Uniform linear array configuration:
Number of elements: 8
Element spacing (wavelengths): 0.75
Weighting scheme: cosine
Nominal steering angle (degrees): -15
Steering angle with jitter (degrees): -15.991
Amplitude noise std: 0.05
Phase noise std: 0.05

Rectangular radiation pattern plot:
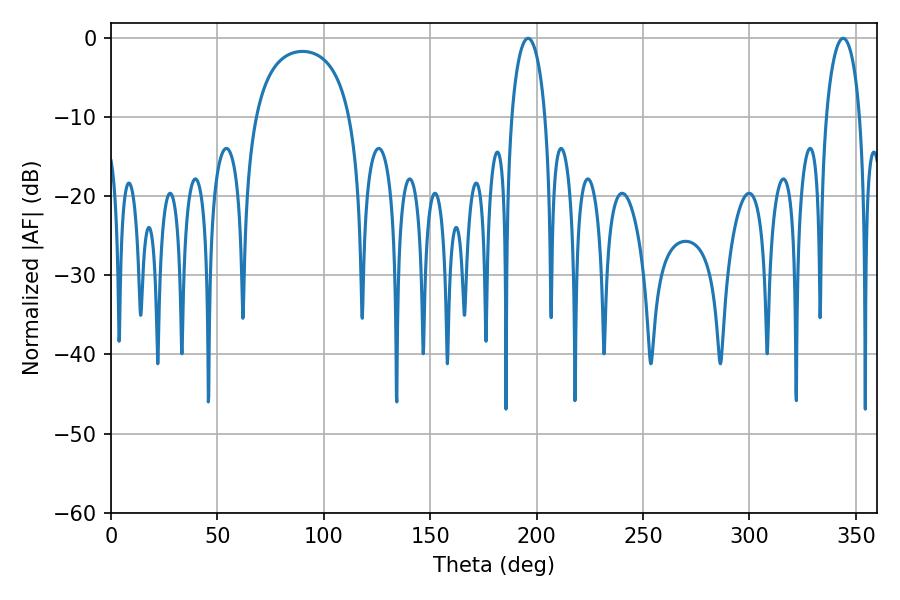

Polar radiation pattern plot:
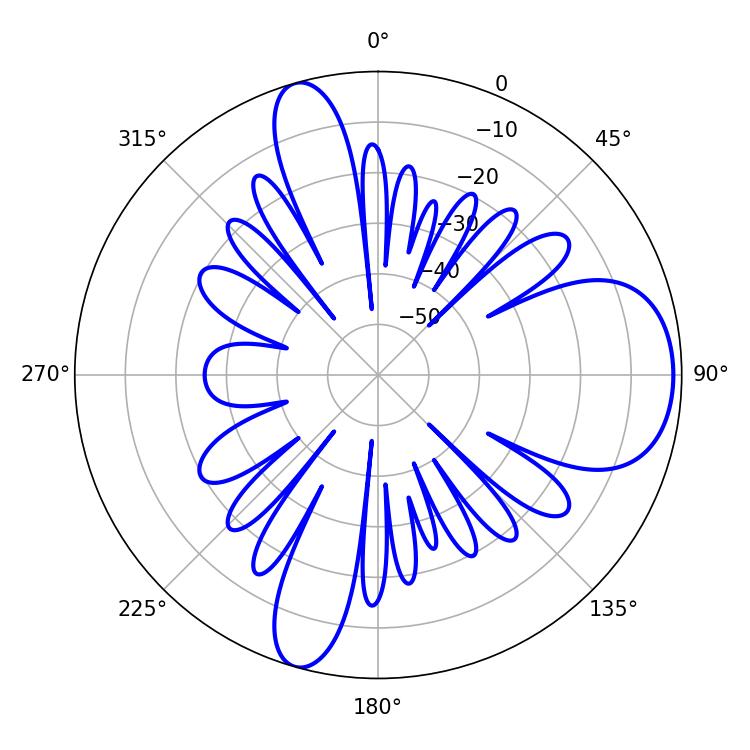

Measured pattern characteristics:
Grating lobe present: TRUE
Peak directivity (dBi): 8.775
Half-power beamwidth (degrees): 9
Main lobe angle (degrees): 196.02